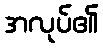
အလုပ်၏